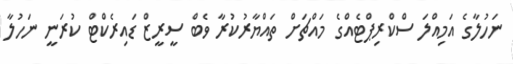
ނަހުލާގެ އަމިއްލަ ސްކްރިޕްޓެއްގެ މައްޗަށް ތައްޔާރުކުރާ ވެބް ސީރީޒް ޑައިރެކްޓް ކުރަނީ ނަހުލާ